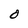
Character: O